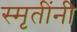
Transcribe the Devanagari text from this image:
स्मृतींनी